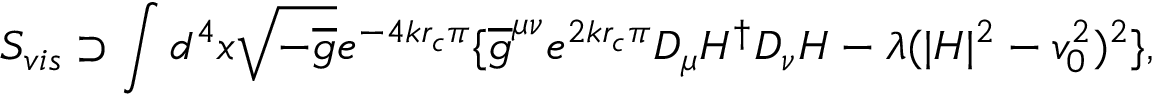
S _ { v i s } \supset \int d ^ { 4 } x \sqrt { - \overline { { { g } } } } e ^ { - 4 k r _ { c } \pi } \{ \overline { { { g } } } ^ { \mu \nu } e ^ { 2 k r _ { c } \pi } D _ { \mu } H ^ { \dagger } D _ { \nu } H - \lambda ( | H | ^ { 2 } - v _ { 0 } ^ { 2 } ) ^ { 2 } \} ,